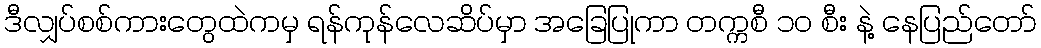
ဒီလျှပ်စစ်ကားတွေထဲကမှ ရန်ကုန်လေဆိပ်မှာ အခြေပြုကာ တက္ကစီ ၁၀ စီး နဲ့ နေပြည်တော်